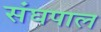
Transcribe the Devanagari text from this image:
संघपाल